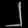
Digit: ၂